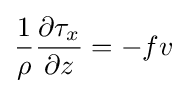
{\frac {1}{\rho }}{\frac {\partial \tau _{x}}{\partial z}}=-fv